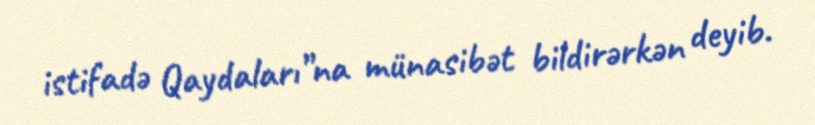
istifadə Qaydaları”na münasibət bildirərkən deyib.